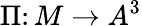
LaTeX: \Pi\colon M\to A^{3}